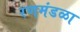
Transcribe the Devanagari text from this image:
रणमंडळा